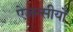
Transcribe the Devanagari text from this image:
ऐजन्सीयों